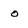
Character: o